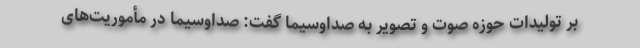
بر تولیدات حوزه صوت و تصویر به صداوسیما گفت: صداوسیما در مأموریت‌های